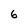
Character: 6